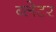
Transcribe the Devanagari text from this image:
ब्लेटर